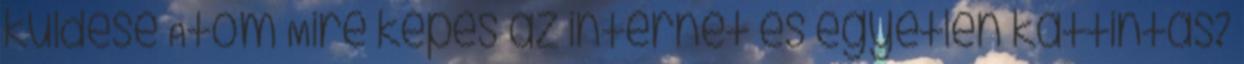
küldése Atom Mire képes az internet és egyetlen kattintás?